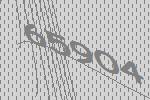
65904